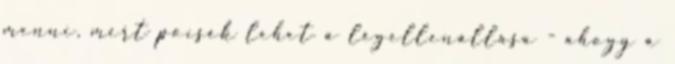
menni, mert pocsék lehet a légellenállása - ahogy a